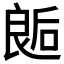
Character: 𰈛